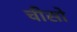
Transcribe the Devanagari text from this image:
चीसो